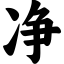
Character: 净